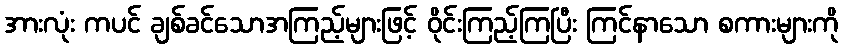
အားလုံး ကပင် ချစ်ခင်သောအကြည့်များဖြင့် ဝိုင်းကြည့်ကြပြီး ကြင်နာသော စကားများကို